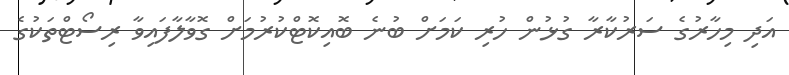
އަދި މިހާރުގެ ސަރުކާރާ ގުޅުން ހުރި ކަމަށް ބުނެ ބޮއިކޮޓްކުރުމަށް ގޮވާލާފައިވާ ރިސޯޓްތަކުގެ